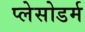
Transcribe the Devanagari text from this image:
प्लेसोडर्म